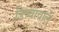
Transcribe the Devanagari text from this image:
डिब्बावाले